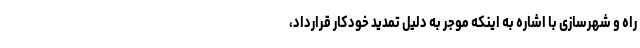
راه و شهرسازی با اشاره به اینکه موجر به دلیل تمدید خودکار قرارداد،